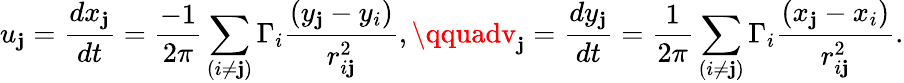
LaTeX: u_{\mathbf{j}}=\frac{{dx_{\mathbf{j}}}}{{dt}}=\frac{{-1}}{{2\pi}}\sum_{(i\neq\mathbf{j})}\Gamma_{i}\frac{{(y_{\mathbf{j}}-y_{i})}}{{r_{i\mathbf{j}}^{2}}},\qquadv_{\mathbf{j}}=\frac{{dy_{\mathbf{j}}}}{{dt}}=\frac{{1}}{{2\pi}}\sum_{(i\neq\mathbf{j})}\Gamma_{i}\frac{{(x_{\mathbf{j}}-x_{i})}}{{r_{i\mathbf{j}}^{2}}}.